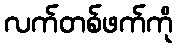
လက်တစ်ဖက်ကို